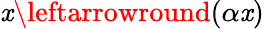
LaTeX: \mathit{x}\leftarrowround(\alpha\mathit{x})